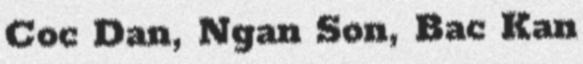
Coc Dan, Ngan Son, Bac Kan